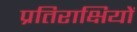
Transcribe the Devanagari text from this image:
प्रतिराक्षियों